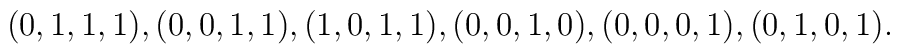
(0,1,1,1), (0,0,1,1), (1,0,1,1), (0,0,1,0), (0,0,0,1), (0,1,0,1).